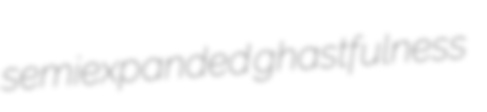
semiexpanded ghastfulness